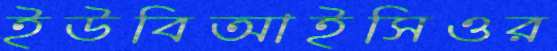
ইউবিআইসিওর